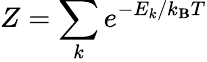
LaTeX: Z=\sum_{k}e^{-E_{k}/k_{\mathbf{B}}T}